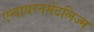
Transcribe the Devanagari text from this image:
एन्वायरनमेंटलिज्म